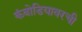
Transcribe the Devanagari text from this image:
कंबोडियावरची